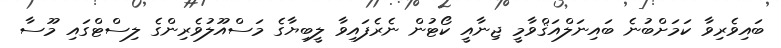
ބައިވެރިވާ ކަމަށްބުނެ ބައިނަލްއަޤްވާމީ ޖިނާއީ ކޯޓުން ނެރެފައިވާ ލީބިޔާގެ މަސްއޫލުވެރިންގެ ލިސްޓްގައި މޫސާ